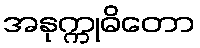
အနုက္ကုဓိတော